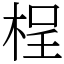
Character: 桯